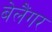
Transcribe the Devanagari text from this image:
बेलैंगर